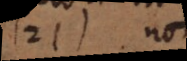
21 non